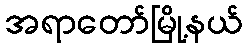
အရာတော်မြို့နယ်